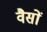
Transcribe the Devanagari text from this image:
वैसों